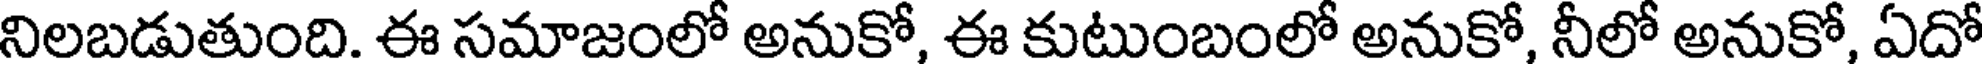
నిలబడుతుంది. ఈ సమాజంలో అనుకో, ఈ కుటుంబంలో అనుకో, నీలో అనుకో, ఏదో